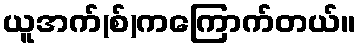
ယူအက်(စ်)ကကြောက်တယ်။